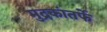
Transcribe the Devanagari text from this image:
मुद्रकांतर्फे